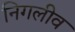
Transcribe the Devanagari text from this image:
निगलीव